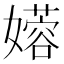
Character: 𫲇